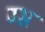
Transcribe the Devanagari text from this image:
ग्स